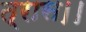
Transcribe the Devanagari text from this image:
त्रास।।